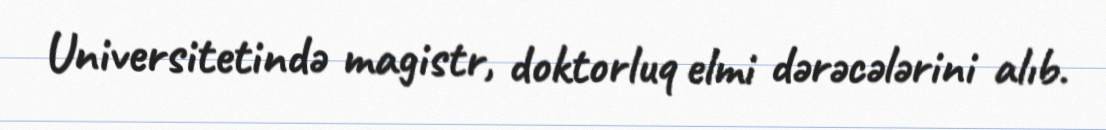
Universitetində magistr, doktorluq elmi dərəcələrini alıb.